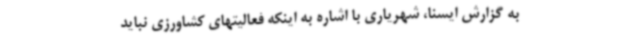
به گزارش ایسنا، شهریاری با اشاره به اینکه فعالیتهای کشاورزی نباید